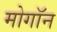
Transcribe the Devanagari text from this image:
मोगॉन